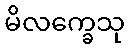
မိလက္ခေသု